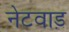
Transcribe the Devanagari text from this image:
नेटवाड़